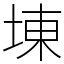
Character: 埬